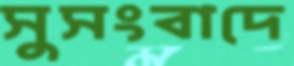
সুসংবাদে